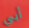
أبي